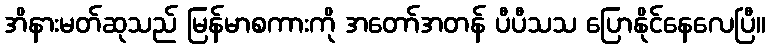
အိနားမတ်ဆုသည် မြန်မာစကားကို အတော်အတန် ပီပီသသ ပြောနိုင်နေလေပြီ။